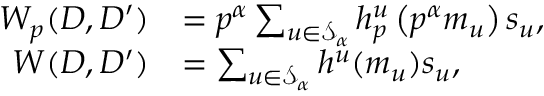
\begin{array} { r l } { W _ { p } ( D , D ^ { \prime } ) } & { = p ^ { \alpha } \sum _ { u \in \ensuremath { \mathcal S } _ { \alpha } } h _ { p } ^ { u } \left( p ^ { \alpha } m _ { u } \right) s _ { u } , } \\ { W ( D , D ^ { \prime } ) } & { = \sum _ { u \in \ensuremath { \mathcal S } _ { \alpha } } h ^ { u } ( m _ { u } ) s _ { u } , } \end{array}